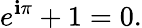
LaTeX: e^{\mathbf{i}\pi}+1=0.